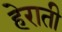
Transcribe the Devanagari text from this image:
हेराती